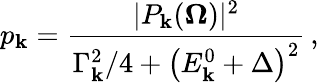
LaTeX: p_{\mathbf{k}}=\frac{{|P_{\mathbf{k}}(\boldsymbol{\Omega})|^{2}}}{{\Gamma_{\mathbf{k}}^{2}/4+\left(E_{\mathbf{k}}^{0}+\Delta\right)^{2}}}\, ,